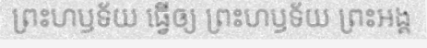
ព្រះហឫទ័យ ធ្វើឲ្យ ព្រះហឫទ័យ ព្រះអង្គ